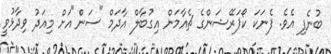
ބުނެފި އެވެ. ފެނަކަ ކޯޕަރޭޝަންގެ ޗެއާމަން އިގުބާލް އާދަމް "ސަން"އަށް މިއަދު ވިދާޅުވީ